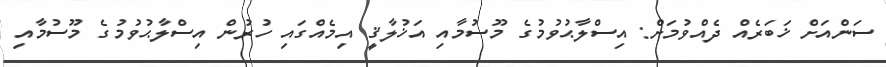
ސަންއަށް ޚަބަރެއް ދެއްވުމަށް: އިސްލާޙުވުމުގެ މޫސުމާއި އަޚުލާޤީ އިމެއްގައި ހުރުން އިސްލާޙުވުމުގެ މޫސުމާއި